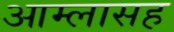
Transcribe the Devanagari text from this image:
आम्लासह